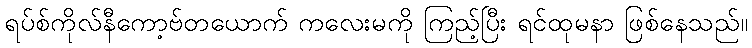
ရပ်စ်ကိုလ်နီကော့ဗ်တယောက် ကလေးမကို ကြည့်ပြီး ရင်ထုမနာ ဖြစ်နေသည်။